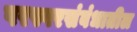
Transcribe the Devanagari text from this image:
परस्परसंबंधातील